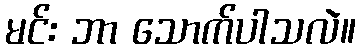
မင်း ဘာ သောက်ပါသလဲ။